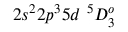
{ 2 s ^ { 2 } 2 p ^ { 3 } 5 d ~ ^ { 5 } D _ { 3 } ^ { o } }